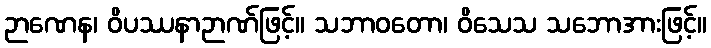
ဉာဏေန၊ ဝိပဿနာဉာဏ်ဖြင့်။ သဘာဝတော၊ ဝိသေသ သဘောအားဖြင့်။